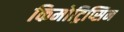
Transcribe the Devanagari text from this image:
किमोट्रिप्सिन